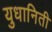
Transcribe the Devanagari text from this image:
युधानिती